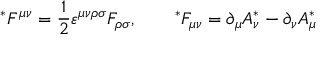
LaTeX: { } ^ { * } F ^ { \mu \nu } = \frac 1 2 \varepsilon ^ { \mu \nu \rho \sigma } F _ { \rho \sigma } , \qquad { } ^ { * } F _ { \mu \nu } = \partial _ { \mu } A _ { \nu } ^ { * } - \partial _ { \nu } A _ { \mu } ^ { * }